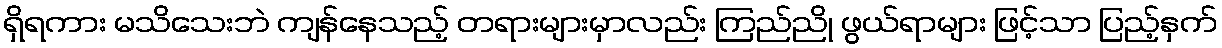
ရှိရကား မသိသေးဘဲ ကျန်နေသည့် တရားများမှာလည်း ကြည်ညို ဖွယ်ရာများ ဖြင့်သာ ပြည့်နှက်